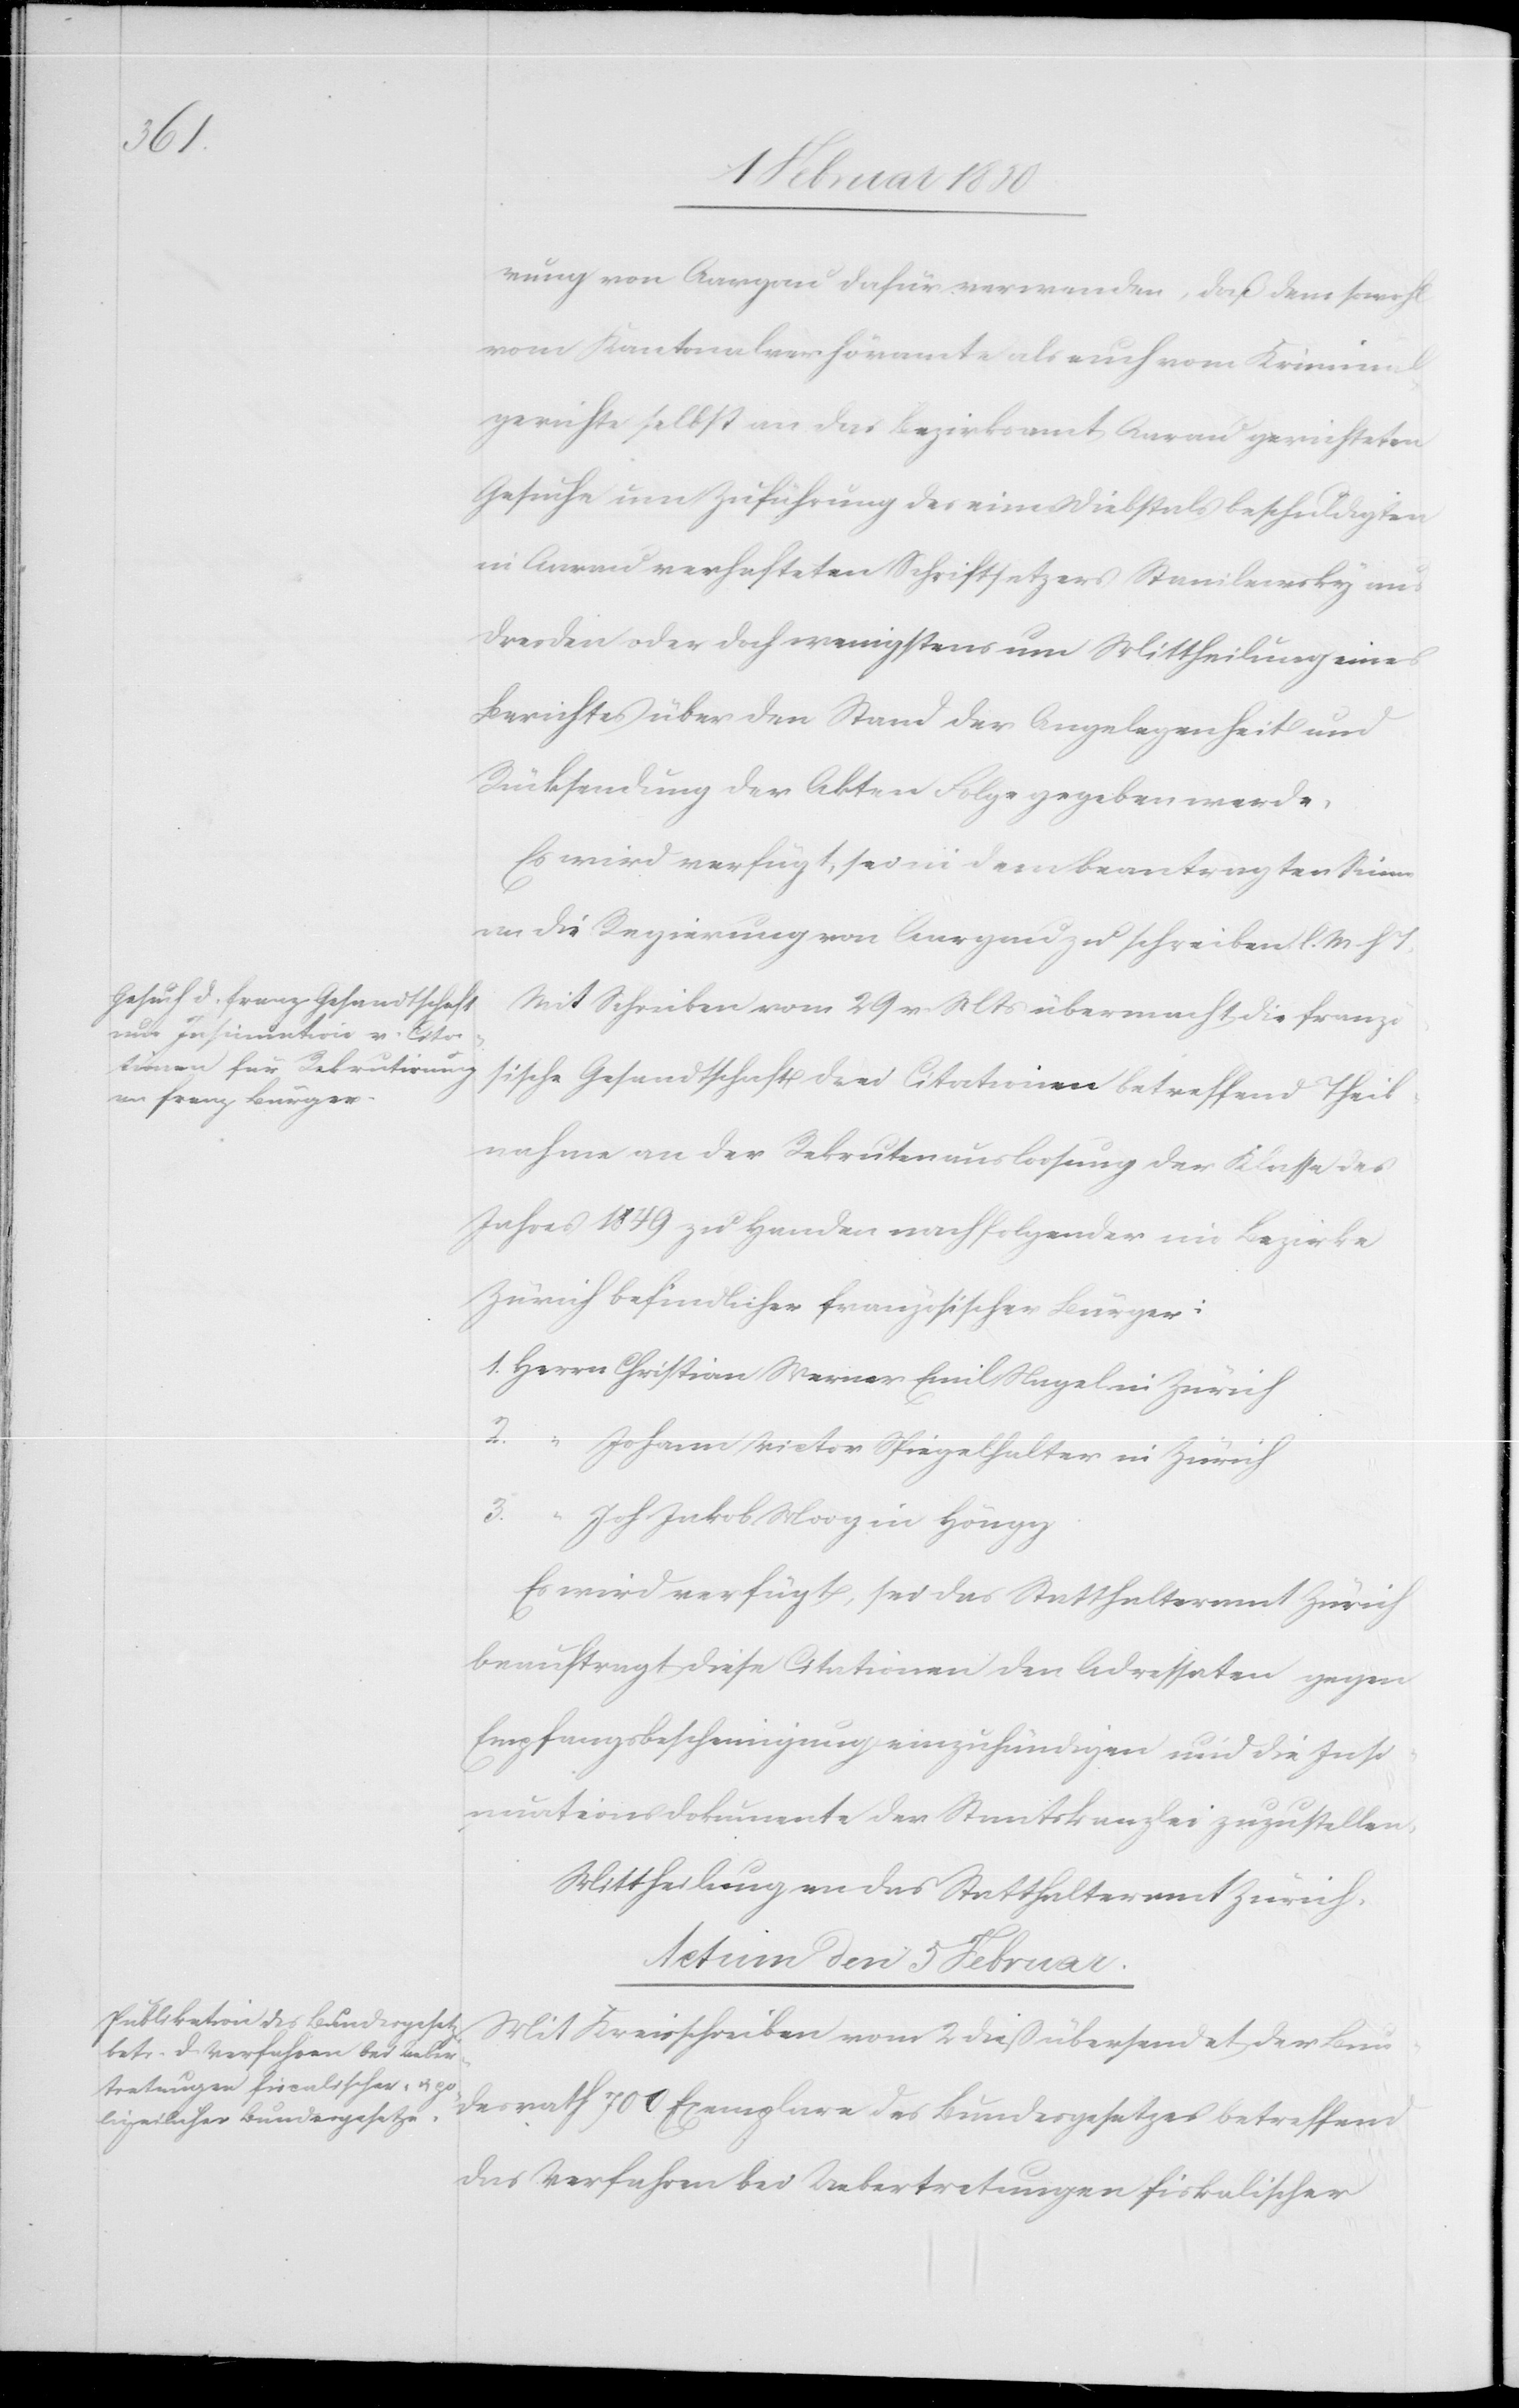
T.

rung von Aargau dafür verwenden, daß dem sowohl
vom Kantonalverhöramte als auch vom Kriminal¬
gerichte selbst an das Bezirksamt Aarau gerichteten
Gesuche um Zuführung des eines Diebstals beschuldigten
in Aarau verhafteten Schriftsetzers Stanilewsky
Dresden oder doch wenigstens um Mittheilung eines
Berichtes über den Stand der Angelegenheit und
Rücksendung der Akten Folge gegeben werde.
Es wird verfügt, sei in dem beantragten Sinne
an die Regierung von Aargau zu schreiben l. M.
Mit Schreiben vom 29 v. Mts übermacht die franzö¬
sische Gesandtschaft drei Citationen betreffend Theil¬
nahme an der Rekrutenauslosung der Klasse des
Jahres 1849 zu Handen nachfolgender im Bezirke
Zürich befindlicher französischer Bürger:
1. Herrn	Christian Werner Emil Nagel in Zürich
2. “		Johann Victor Spiegelhalter in Zürich
3. “		Joh. Jakob Moog in Höngg
Es wird verfügt, sei das Statthalteramt Zürich
beauftragt diese Citationen den Adressaten gegen
Empfangsbescheinigung einzuhändigen und die Insi¬
nuationsdokumente der Staatskanzlei zuzustellen.
Mittheilung an das Statthalteramt Zürich.
Actum den 5 Februar
Mit Kreisschreiben vom 2 dieß übersendet der Bun¬
desrath 700 Exemplare des Bundesgesetzes betreffend
das Verfahren bei Uebertretungen fiskalischer